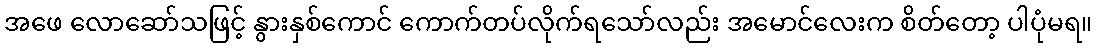
အဖေ လောဆော်သဖြင့် နွားနှစ်ကောင် ကောက်တပ်လိုက်ရသော်လည်း အမောင်လေးက စိတ်တော့ ပါပုံမရ။